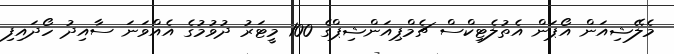
މެލޭޝިއަން އޯޕަން އެތުލެޓިކްސް ޗެމްޕިއަންޝިޕްގެ 100 މީޓަރު ދުވުމުގެ އެއްވަނަ ސާއިދު ހޯދައިފި